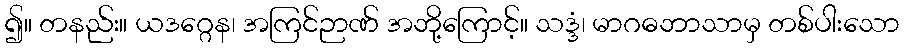
၍။ တနည်း။ ယဒဂ္ဂေန၊ အကြင်ဉာဏ် အဘို့ကြောင့်။ သဒ္ဒံ၊ မာဂဓဘာသာမှ တစ်ပါးသော